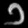
Digit: ၁